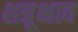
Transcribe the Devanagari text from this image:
शत्रूभाव